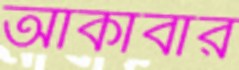
আকাবার